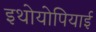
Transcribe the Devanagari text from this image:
इथोयोपियाई